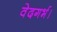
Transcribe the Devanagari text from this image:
वेदगर्भ।